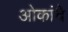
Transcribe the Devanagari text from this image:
ओकांचे